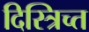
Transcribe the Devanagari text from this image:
दिस्त्रिच्त